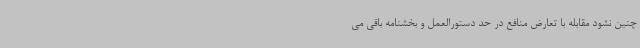
چنین نشود مقابله با تعارض منافع در حد دستورالعمل و بخشنامه باقی می